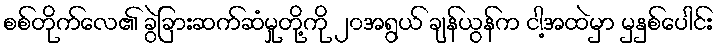
စစ်တိုက်လေ၏ ခွဲခြားဆက်ဆံမှုတို့ကို ၂၀အရွယ် ချန်ယွန်က ငါ့အထဲမှာ မှနှစ်ပေါင်း